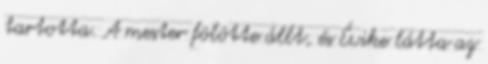
tartotta. A mester fölötte állt, és Évike látta az